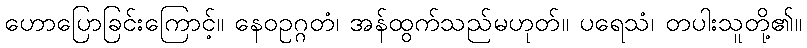
ဟောပြောခြင်းကြောင့်။ နေဝဥဂ္ဂတံ၊ အန်ထွက်သည်မဟုတ်။ ပရေသံ၊ တပါးသူတို့၏။